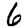
Digit: 6